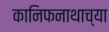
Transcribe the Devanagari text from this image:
कानिफनाथाच्या